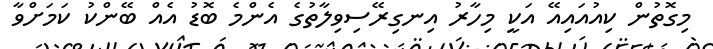
މިގޮތުން ކިއުއައިއޭ އަކީ މިހާރު އިނގިރޭސިވިލާތުގެ އެންމެ ބޮޑު އެއް ބޭންކު ކަމަށްވާ